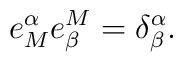
e_M^{\alpha} e_{\beta}^M = \delta_{\beta}^{\alpha} .